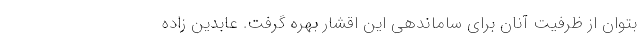
بتوان از ظرفیت آنان برای ساماندهی این اقشار بهره گرفت. عابدین زاده